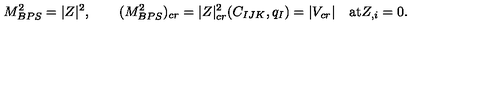
M _ { B P S } ^ { 2 } = | Z | ^ { 2 } , \qquad ( M _ { B P S } ^ { 2 } ) _ { c r } = | Z | _ { c r } ^ { 2 } ( C _ { I J K } , q _ { I } ) = | V _ { c r } | \quad \mathrm { a t } Z _ { , i } = 0 .